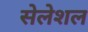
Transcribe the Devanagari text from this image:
सेलेशल